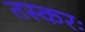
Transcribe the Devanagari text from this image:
तस्करः